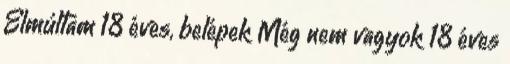
Elmúltam 18 éves, belépek Még nem vagyok 18 éves